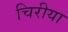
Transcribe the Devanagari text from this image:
चिरीया